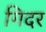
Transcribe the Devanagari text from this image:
गिदर